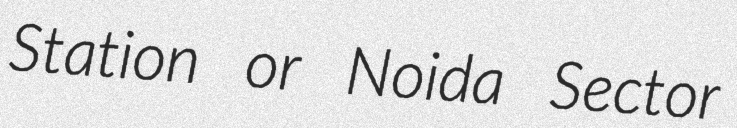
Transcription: Station or Noida Sector